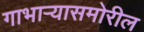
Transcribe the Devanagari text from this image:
गाभार्‍यासमोरील